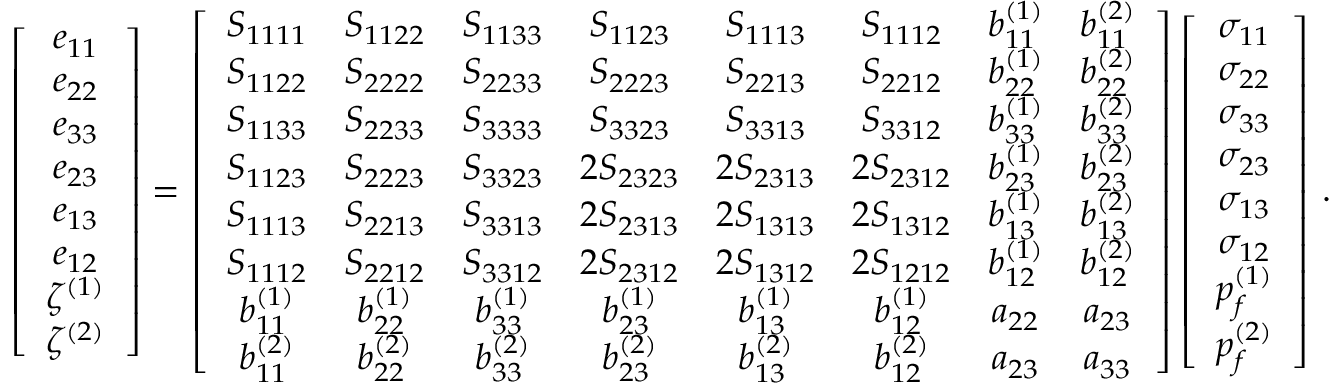
\left[ \begin{array} { c } { e _ { 1 1 } } \\ { e _ { 2 2 } } \\ { e _ { 3 3 } } \\ { e _ { 2 3 } } \\ { e _ { 1 3 } } \\ { e _ { 1 2 } } \\ { \zeta ^ { ( 1 ) } } \\ { \zeta ^ { ( 2 ) } } \end{array} \right] = \left[ \begin{array} { c c c c c c c c } { S _ { 1 1 1 1 } } & { S _ { 1 1 2 2 } } & { S _ { 1 1 3 3 } } & { S _ { 1 1 2 3 } } & { S _ { 1 1 1 3 } } & { S _ { 1 1 1 2 } } & { b _ { 1 1 } ^ { ( 1 ) } } & { b _ { 1 1 } ^ { ( 2 ) } } \\ { S _ { 1 1 2 2 } } & { S _ { 2 2 2 2 } } & { S _ { 2 2 3 3 } } & { S _ { 2 2 2 3 } } & { S _ { 2 2 1 3 } } & { S _ { 2 2 1 2 } } & { b _ { 2 2 } ^ { ( 1 ) } } & { b _ { 2 2 } ^ { ( 2 ) } } \\ { S _ { 1 1 3 3 } } & { S _ { 2 2 3 3 } } & { S _ { 3 3 3 3 } } & { S _ { 3 3 2 3 } } & { S _ { 3 3 1 3 } } & { S _ { 3 3 1 2 } } & { b _ { 3 3 } ^ { ( 1 ) } } & { b _ { 3 3 } ^ { ( 2 ) } } \\ { S _ { 1 1 2 3 } } & { S _ { 2 2 2 3 } } & { S _ { 3 3 2 3 } } & { 2 S _ { 2 3 2 3 } } & { 2 S _ { 2 3 1 3 } } & { 2 S _ { 2 3 1 2 } } & { b _ { 2 3 } ^ { ( 1 ) } } & { b _ { 2 3 } ^ { ( 2 ) } } \\ { S _ { 1 1 1 3 } } & { S _ { 2 2 1 3 } } & { S _ { 3 3 1 3 } } & { 2 S _ { 2 3 1 3 } } & { 2 S _ { 1 3 1 3 } } & { 2 S _ { 1 3 1 2 } } & { b _ { 1 3 } ^ { ( 1 ) } } & { b _ { 1 3 } ^ { ( 2 ) } } \\ { S _ { 1 1 1 2 } } & { S _ { 2 2 1 2 } } & { S _ { 3 3 1 2 } } & { 2 S _ { 2 3 1 2 } } & { 2 S _ { 1 3 1 2 } } & { 2 S _ { 1 2 1 2 } } & { b _ { 1 2 } ^ { ( 1 ) } } & { b _ { 1 2 } ^ { ( 2 ) } } \\ { b _ { 1 1 } ^ { ( 1 ) } } & { b _ { 2 2 } ^ { ( 1 ) } } & { b _ { 3 3 } ^ { ( 1 ) } } & { b _ { 2 3 } ^ { ( 1 ) } } & { b _ { 1 3 } ^ { ( 1 ) } } & { b _ { 1 2 } ^ { ( 1 ) } } & { a _ { 2 2 } } & { a _ { 2 3 } } \\ { b _ { 1 1 } ^ { ( 2 ) } } & { b _ { 2 2 } ^ { ( 2 ) } } & { b _ { 3 3 } ^ { ( 2 ) } } & { b _ { 2 3 } ^ { ( 2 ) } } & { b _ { 1 3 } ^ { ( 2 ) } } & { b _ { 1 2 } ^ { ( 2 ) } } & { a _ { 2 3 } } & { a _ { 3 3 } } \end{array} \right] \left[ \begin{array} { c } { \sigma _ { 1 1 } } \\ { \sigma _ { 2 2 } } \\ { \sigma _ { 3 3 } } \\ { \sigma _ { 2 3 } } \\ { \sigma _ { 1 3 } } \\ { \sigma _ { 1 2 } } \\ { p _ { f } ^ { ( 1 ) } } \\ { p _ { f } ^ { ( 2 ) } } \end{array} \right] \, .